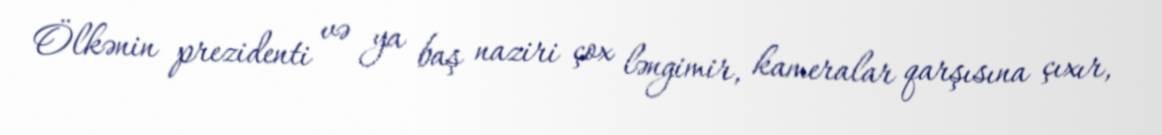
Ölkənin prezidenti və ya baş naziri çox ləngimir, kameralar qarşısına çıxır,